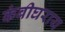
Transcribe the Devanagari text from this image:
कंबीघराय